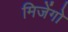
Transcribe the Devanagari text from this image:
मिजेंगो